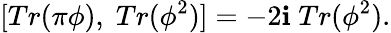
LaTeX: [Tr(\pi\phi),\; Tr(\phi^{2})]=-2\mathbf{i}\; Tr(\phi^{2}).